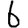
Digit: 6